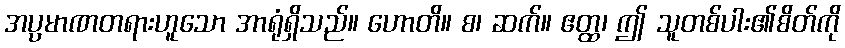
အပ္ပမာဏတရားဟူသော အာရုံရှိသည်။ ဟောတိ။ စ၊ ဆက်။ ဧတ္ထ၊ ဤ သူတစ်ပါး၏စိတ်ကို